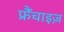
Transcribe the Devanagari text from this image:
फ्रैंचाइज़